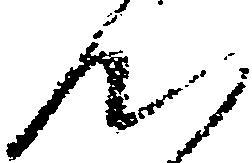
ん